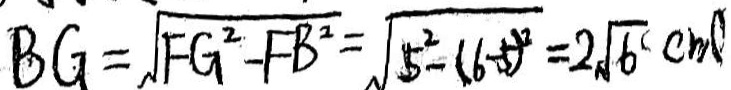
B G = \sqrt { F G ^ { 2 } - F B ^ { 2 } } = \sqrt { 5 ^ { 2 } - ( 6 - 5 ) ^ { 2 } } = 2 \sqrt { 6 } ( c m )